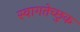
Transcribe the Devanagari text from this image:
स्वागतेच्छुक